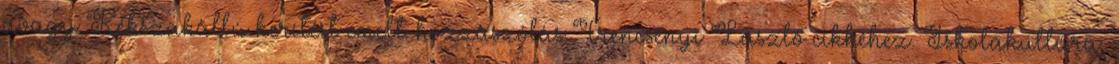
avagy Kékszakállú kerítést emelt: hozzászólás Trencsényi László cikkéhez. Iskolakultúra,